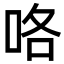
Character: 咯